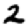
Digit: 2